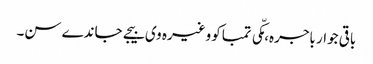
باقی جوار باجرہ، مکّی تمباکو وغیرہ وی بیجے جاندے سن۔